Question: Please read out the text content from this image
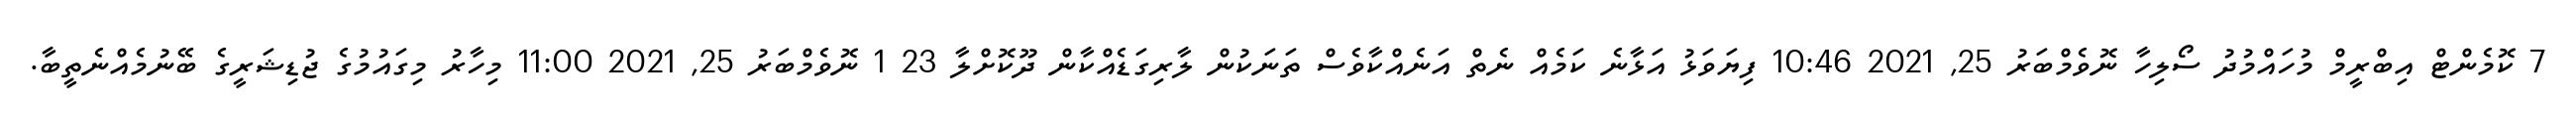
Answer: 7 ކޮމެންޓް އިބްރީމް މުހައްމުދު ސޯލިހާ ނޮވެމްބަރު 25, 2021 10:46 ފިޔަވަޅު އަޅާނެ ކަމެއް ނެތް އަނެއްކާވެސް ތަނަކުން ލާރިގަޑެއްކާން ދޫކޮށްލާ 23 1 ނޮވެމްބަރު 25, 2021 11:00 މިހާރު މިގައުމުގެ ޖުޑިޝަރީގެ ބޭނުމެއްނެތީބާ.